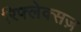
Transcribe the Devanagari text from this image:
रिफ्लेक्सज़